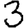
Digit: 3